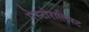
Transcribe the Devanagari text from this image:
पेस्टोरालिस्ट